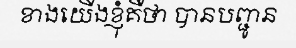
ខាងយើងខ្ញុំគឺថា បានបញ្ជូន